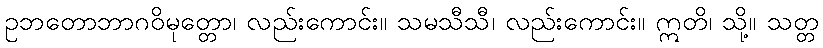
ဥဘတောဘာဂဝိမုတ္တော၊ လည်းကောင်း။ သမသီသီ၊ လည်းကောင်း။ ဣတိ၊ သို့။ သတ္တ